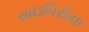
સાઇબિરીયા